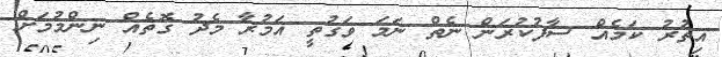
އިތުރު ކަމެއް ސާފުކުރަން ނެތް ނަމަ ވަގުތީ އަމުރާ މެދު ގޮތެއް ނިންމުމަށް